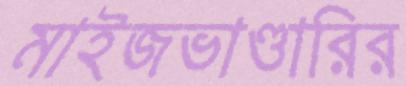
মাইজভাণ্ডারির